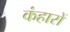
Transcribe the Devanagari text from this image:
कंहारों